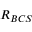
R _ { B C S }